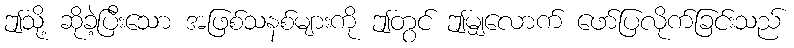
ဤသို့ ဆိုခဲ့ပြီးသော အဖြစ်သနစ်များကို ဤတွင် ဤမျှလောက် ဖော်ပြလိုက်ခြင်းသည်